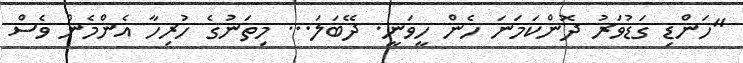
"ހަންޑި ގަޑުވަރު ދޮންކަމަނަ ހެން ހީވަނީ. ދޭބަލަ... މިތަނުގެ ހުރިހާ އެންމެން ވެސް